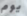
يوم